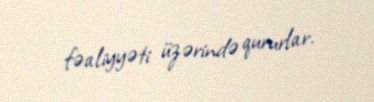
fəaliyyəti üzərində qururlar.